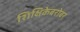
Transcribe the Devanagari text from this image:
शिक्षिकेबरोबर